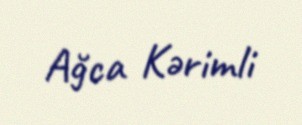
Ağca Kərimli